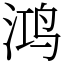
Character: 鸿